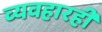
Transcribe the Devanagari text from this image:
व्यवहारही